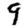
Digit: 9